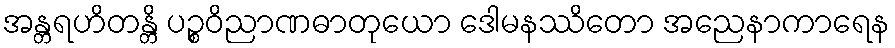
အန္တရဟိတန္တိ ပဉ္စဝိညာဏဓာတုယော ဒေါမနဿိတော အညေနာကာရေန